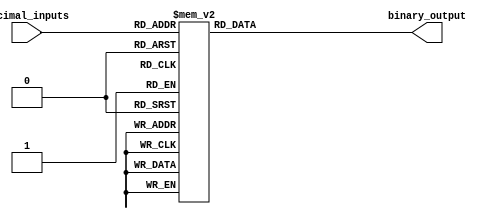
module decimal_priority_encoder(
    input [3:0] decimal_inputs,
    output reg [2:0] binary_output
);

always @ (*)
begin
    case(decimal_inputs)
        0: binary_output = 3'b000;
        1: binary_output = 3'b001;
        2: binary_output = 3'b010;
        3: binary_output = 3'b011;
        4: binary_output = 3'b100;
        5: binary_output = 3'b101;
        6: binary_output = 3'b110;
        7: binary_output = 3'b111;
        8: binary_output = 3'b111; // If both 8 and 9 are input, priority is given to 9
        9: binary_output = 3'b111;
        default: binary_output = 3'b000;
    endcase
end

endmodule